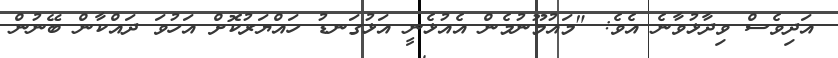
އަދިވެސް ވިދާޅުވާނެ އެވެ: "މައުމޫނުމެން އެއުޅެނީ އަޅުގަނޑު ހައްޔަރުކޮށް އަހުވަ ދައްކާން ބޭނުން